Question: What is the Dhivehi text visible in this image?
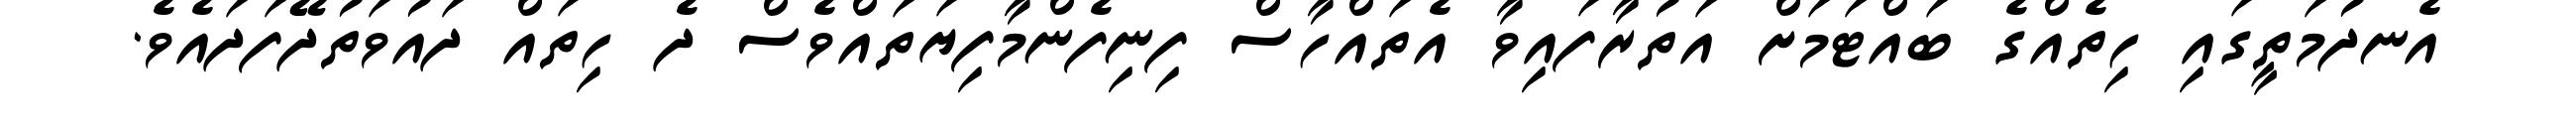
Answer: އެނދުމަތީގައި ހިތެއްގެ ބައްޓަމަށް އަތުރާފައިވާ އެތައްހާސް ފިނިފެންމާފިޔަތައްވެސް ދެ ހިތައް ދައުވަތުދޭފަދައެވެ.